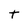
Character: t